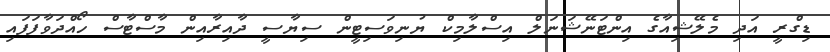
ޑިގްރީ އަދި މެލޭޝިއާގެ އިންޓަނޭޝަނަލް އިސްލާމިކް ޔުނިވަސިޓީން ސިޔާސީ ދާއިރާއިން މާސްޓާސް ހޯއްދަވާފަފައި